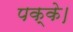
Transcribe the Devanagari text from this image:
पक्के।